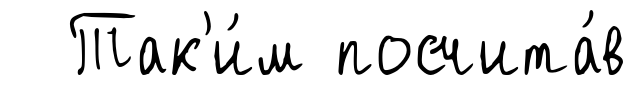
Так'и́м посчита́в